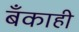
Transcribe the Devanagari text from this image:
बँकाही